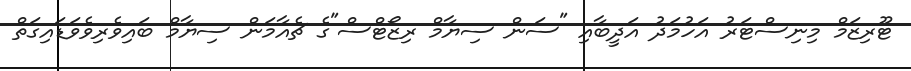
ޓޫރިޒަމް މިނިސްޓަރު އަހުމަދު އަދީބާއި "ސަން ސިޔާމް ރިޒޯޓްސް"ގެ ޗެއާމަން ސިޔާމް ބައިވެރިވެވަޑައިގަތް